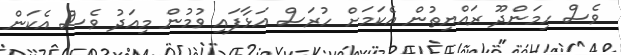
ވެސް ހިމަންދޫ ރައްޔިތުން އެކަމަށް ހުރަސް އަޅާފައި ވުމުން މިއަދު ވެސް އެކަން